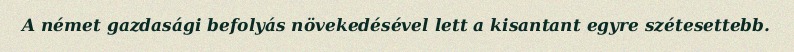
A német gazdasági befolyás növekedésével lett a kisantant egyre szétesettebb.